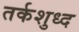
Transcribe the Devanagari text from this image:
तर्कशुध्द